Senior Leaving Certificate Examination (including Day School Certificate (Higher) General paper), 1949
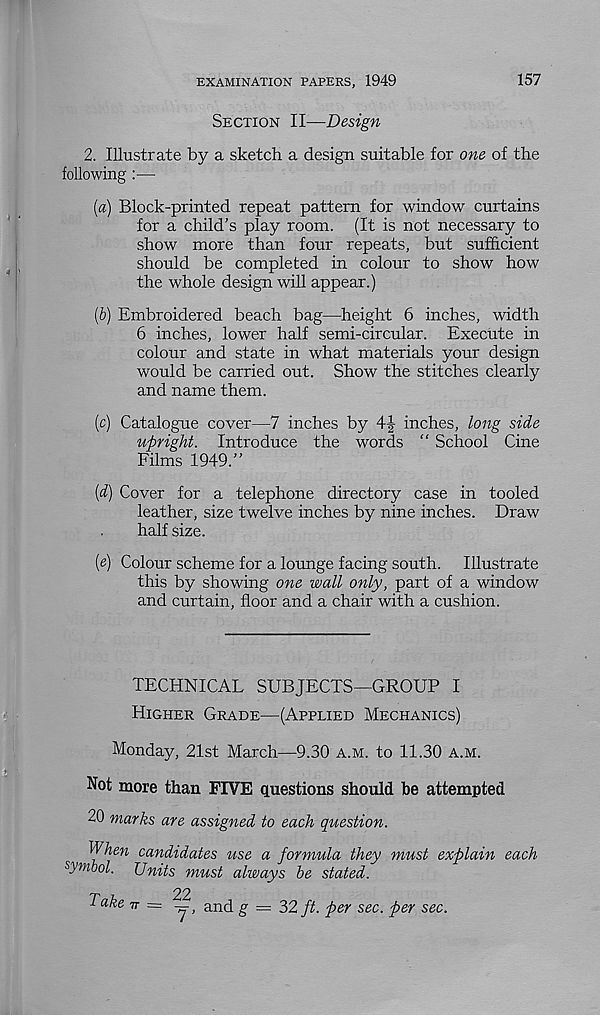
EXAMINATION PAPERS, 1949
157
Section II—Design
2. Illustrate by a sketch a design suitable for one of the
following :—•
[a) Block-printed repeat pattern for window curtains
for a child’s play room. (It is not necessary to
show more than four repeats, but sufficient
should be completed in colour to show how
the whole design will appear.)
[b) Embroidered beach bag—height 6 inches, width
6 inches, lower half semi-circular. Execute in
colour and state in what materials your design
would be carried out. Show the stitches clearly
and name them.
[c) Catalogue cover—7 inches by 4f inches, long side
upright. Introduce the words “ School Cine
Films 1949.”
(4) Cover for a telephone directory case in tooled
leather, size twelve inches by nine inches. Draw
half size.
(e) Colour scheme for a lounge facing south. Illustrate
this by showing one wall only, part of a window
and curtain, floor and a chair with a cushion.
TECHNICAL SUBJECTS—GROUP I
Higher Grade—(Applied Mechanics)
Monday, 21st March—9.30 a.m. to 11.30 a.m.
Not more than FIVE questions should be attempted
20 marks are assigned to each question.
When candidates use a formula they must explain each
symbol. Units must always be stated.
Take 77=?^ and g = 32 ft. per sec. per sec.